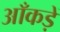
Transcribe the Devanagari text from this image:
आँकड़ें